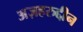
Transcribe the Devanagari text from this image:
अज़हरुद्दीन